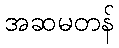
အဆမတန်